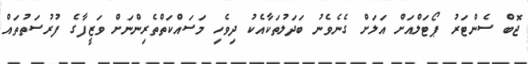
ޖޮބް ސެންޓަރު ޕޯޓަލްއަށް އަލަށް ގެނެވެނު ބަދަލުތަކާއެކު ދިވެހި މަސައްކަތްތެރިންނަށް ވަޒީފާގެ ފުރުސަތުތައް